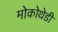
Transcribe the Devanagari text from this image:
मोकोथेडी